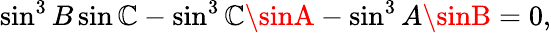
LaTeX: \sin^{3}B\sin\mathbb{C}-\sin^{3}\mathbb{C}\sinA-\sin^{3}A\sinB=0,